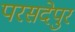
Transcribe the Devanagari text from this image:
परसदेपुर